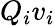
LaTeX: Q_{i}v_{i}